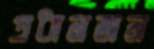
প্রধানজন